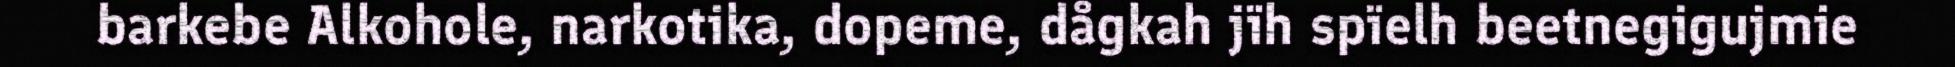
barkebe Alkohole, narkotika, dopeme, dågkah jïh spïelh beetnegigujmie